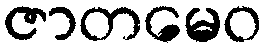
ဇာတမေဝ